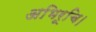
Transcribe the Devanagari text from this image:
अभिरूचि।